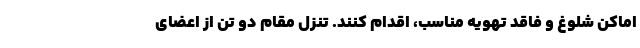
اماکن شلوغ و فاقد تهویه مناسب، اقدام کنند. تنزل مقام دو تن از اعضای